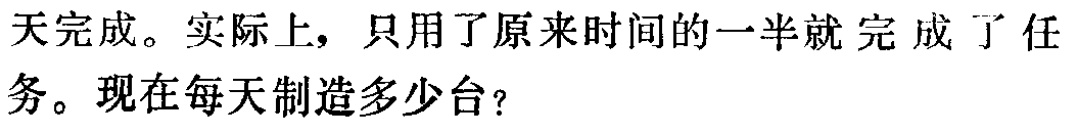
天完成。实际上，只用了原来时间的一半就完成了任务。现在每天制造多少台？